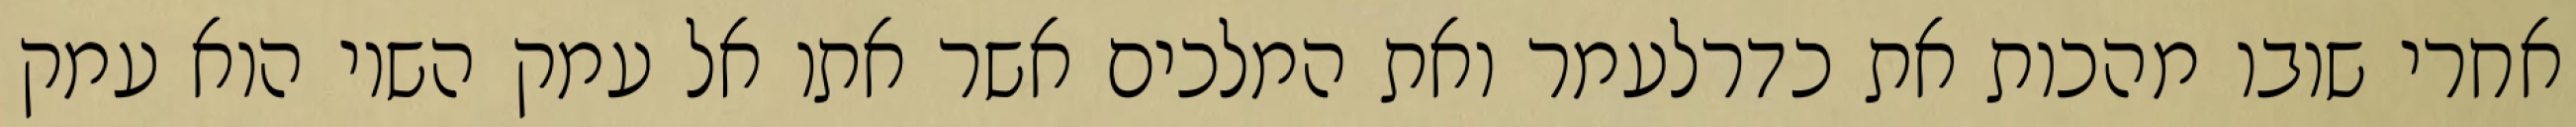
אחרי שובו מהכות את כדרלעמר ואת המלכים אשר אתו אל עמק השוי הוא עמק